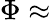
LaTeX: \Phi\approx